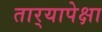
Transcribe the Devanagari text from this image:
तार्‍यापेक्षा